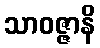
သာဝဇ္ဇာနိ